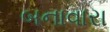
બનાવારા